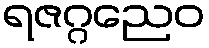
ရဇဂ္ဂညေဝ